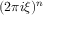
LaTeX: ( 2 \pi i \xi ) ^ { n }